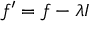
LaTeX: f ^ { \prime } = f - \lambda I